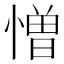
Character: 憎